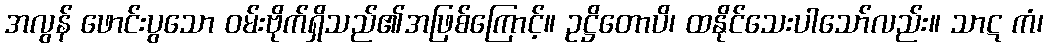
အလွန် ဖောင်းပွသော ဝမ်းဗိုက်ရှိသည်၏အဖြစ်ကြောင့်။ ဥဋ္ဌိတောပိ၊ ထနိုင်သေးပါသော်လည်း။ သာဋ ကံ၊